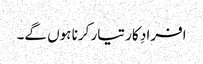
افرادِ کار تیار کرنا ہوں گے۔